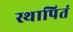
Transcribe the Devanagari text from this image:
स्थापितं